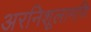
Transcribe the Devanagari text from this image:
अरनिशूलामणि